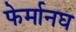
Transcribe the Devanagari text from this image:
फेर्मानघ